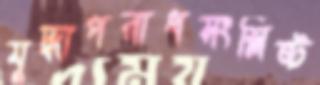
যুদ্ধাপরাধসংশ্লিষ্ট